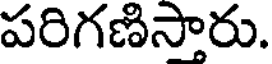
పరిగణిసారు.